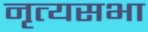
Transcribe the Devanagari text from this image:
नृत्यसभा